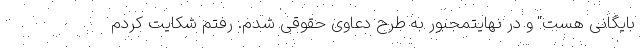
بایگانی هست" و در نهایتمجبور به طرح دعاوی حقوقی شدم. رفتم شکایت کردم